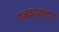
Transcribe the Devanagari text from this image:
फळझाडांचा